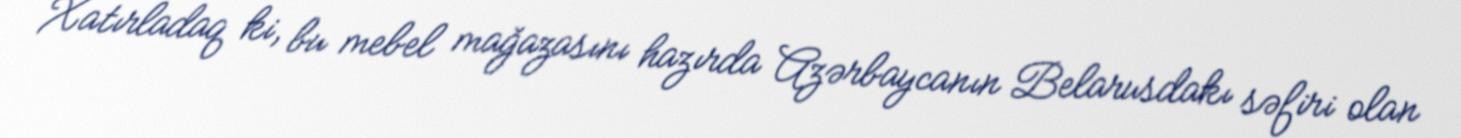
Xatırladaq ki, bu mebel mağazasını hazırda Azərbaycanın Belarusdakı səfiri olan